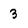
Character: 3